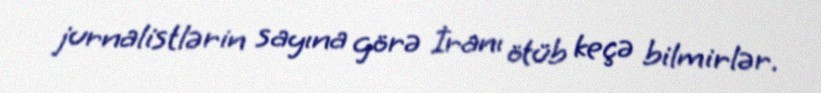
jurnalistlərin sayına görə İranı ötüb keçə bilmirlər.